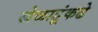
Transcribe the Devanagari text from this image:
खेळाडूंकढे